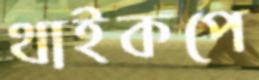
থাইকপে